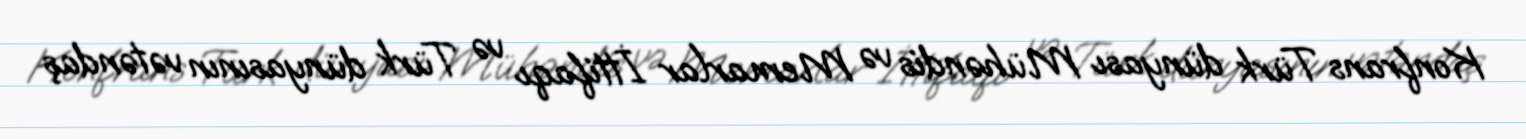
Konfrans Türk dünyası Mühəndis və Memarlar İttifaqı və Türk dünyasının vətəndaş